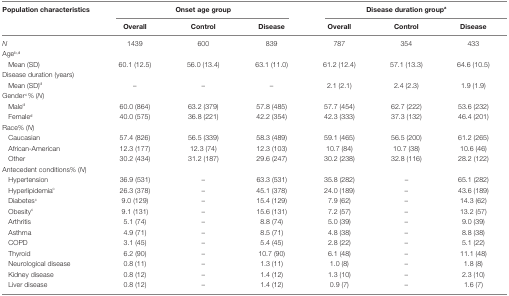
<table><thead><tr><td rowspan="2"><b>Population characteristics</b></td><td colspan="3"><b>Onset age group</b></td><td colspan="3"><b>Disease duration group<sup>a</sup></b></td></tr><tr><td><b>Overall</b></td><td><b>Control</b></td><td><b>Disease</b></td><td><b>Overall</b></td><td><b>Control</b></td><td><b>Disease</b></td></tr></thead><tbody><tr><td><i>N</i></td><td>1439</td><td>600</td><td>839</td><td>787</td><td>354</td><td>433</td></tr><tr><td colspan="7">Age<sup>b</sup><sup>,</sup><sup>d</sup></td></tr><tr><td> Mean (SD)</td><td>60.1 (12.5)</td><td>56.0 (13.4)</td><td>63.1 (11.0)</td><td>61.2 (12.4)</td><td>57.1 (13.3)</td><td>64.6 (10.5)</td></tr><tr><td colspan="7">Disease duration (years)</td></tr><tr><td> Mean (SD)<sup>d</sup></td><td>–</td><td>–</td><td>–</td><td>2.1 (2.1)</td><td>2.4 (2.3)</td><td>1.9 (1.9)</td></tr><tr><td colspan="7">Gender<sup>c</sup>% (<i>N</i>)</td></tr><tr><td> Male<sup>d</sup></td><td>60.0 (864)</td><td>63.2 (379)</td><td>57.8 (485)</td><td>57.7 (454)</td><td>62.7 (222)</td><td>53.6 (232)</td></tr><tr><td> Female<sup>d</sup></td><td>40.0 (575)</td><td>36.8 (221)</td><td>42.2 (354)</td><td>42.3 (333)</td><td>37.3 (132)</td><td>46.4 (201)</td></tr><tr><td colspan="7">Race% (<i>N</i>)</td></tr><tr><td> Caucasian</td><td>57.4 (826)</td><td>56.5 (339)</td><td>58.3 (489)</td><td>59.1 (465)</td><td>56.5 (200)</td><td>61.2 (265)</td></tr><tr><td> African-American</td><td>12.3 (177)</td><td>12.3 (74)</td><td>12.3 (103)</td><td>10.7 (84)</td><td>10.7 (38)</td><td>10.6 (46)</td></tr><tr><td> Other</td><td>30.2 (434)</td><td>31.2 (187)</td><td>29.6 (247)</td><td>30.2 (238)</td><td>32.8 (116)</td><td>28.2 (122)</td></tr><tr><td colspan="7">Antecedent conditions% (<i>N</i>)</td></tr><tr><td> Hypertension</td><td>36.9 (531)</td><td>–</td><td>63.3 (531)</td><td>35.8 (282)</td><td>–</td><td>65.1 (282)</td></tr><tr><td> Hyperlipidemia<sup>c</sup></td><td>26.3 (378)</td><td>–</td><td>45.1 (378)</td><td>24.0 (189)</td><td>–</td><td>43.6 (189)</td></tr><tr><td> Diabetes<sup>c</sup></td><td>9.0 (129)</td><td>–</td><td>15.4 (129)</td><td>7.9 (62)</td><td>–</td><td>14.3 (62)</td></tr><tr><td> Obesity<sup>c</sup></td><td>9.1 (131)</td><td>–</td><td>15.6 (131)</td><td>7.2 (57)</td><td>–</td><td>13.2 (57)</td></tr><tr><td> Arthritis</td><td>5.1 (74)</td><td>–</td><td>8.8 (74)</td><td>5.0 (39)</td><td>–</td><td>9.0 (39)</td></tr><tr><td> Asthma</td><td>4.9 (71)</td><td>–</td><td>8.5 (71)</td><td>4.8 (38)</td><td>–</td><td>8.8 (38)</td></tr><tr><td> COPD</td><td>3.1 (45)</td><td>–</td><td>5.4 (45)</td><td>2.8 (22)</td><td>–</td><td>5.1 (22)</td></tr><tr><td> Thyroid</td><td>6.2 (90)</td><td>–</td><td>10.7 (90)</td><td>6.1 (48)</td><td>–</td><td>11.1 (48)</td></tr><tr><td> Neurological disease</td><td>0.8 (11)</td><td>–</td><td>1.3 (11)</td><td>1.0 (8)</td><td>–</td><td>1.8 (8)</td></tr><tr><td> Kidney disease</td><td>0.8 (12)</td><td>–</td><td>1.4 (12)</td><td>1.3 (10)</td><td>–</td><td>2.3 (10)</td></tr><tr><td> Liver disease</td><td>0.8 (12)</td><td>–</td><td>1.4 (12)</td><td>0.9 (7)</td><td>–</td><td>1.6 (7)</td></tr></tbody></table>